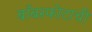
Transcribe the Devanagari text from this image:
बाँबस्फोटाची